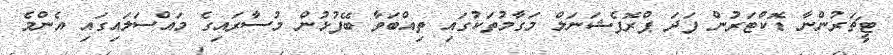
ޓީޗަރުންނާ ޑޮކްޓަރުން ފަދަ ޕްރޮފެޝަނަލް މަގާމުތަކުގައި ތިއްބަވާ ބޭފުޅުން މުސާރައިގެ މައްސަލައިގައި އެންމެ